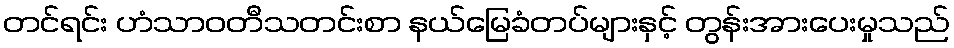
တင်ရင်း ဟံသာဝတီသတင်းစာ နယ်မြေခံတပ်များနှင့် တွန်းအားပေးမှုသည်